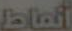
أنماط